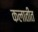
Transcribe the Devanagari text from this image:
कलातीत